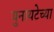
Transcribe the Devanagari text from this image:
युनायटेच्या